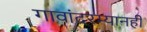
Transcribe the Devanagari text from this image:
गावांदरम्यानही